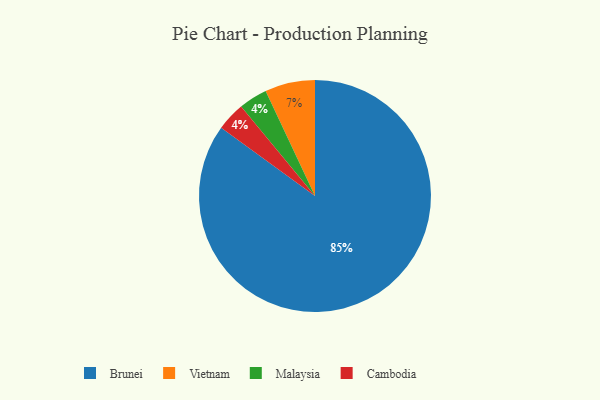
{"axis": {"x": "Category", "y": "Percentage"}, "legend": ["Brunei", "Cambodia", "Malaysia", "Vietnam"], "data": [{"x": "Brunei", "y": 85, "type": "Brunei"}, {"x": "Malaysia", "y": 4, "type": "Malaysia"}, {"x": "Vietnam", "y": 7, "type": "Vietnam"}, {"x": "Cambodia", "y": 4, "type": "Cambodia"}]}